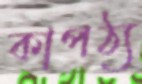
কাপঠ্য